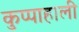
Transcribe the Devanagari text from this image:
कुप्पाहाली